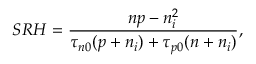
S R H = \frac { n p - n _ { i } ^ { 2 } } { \tau _ { n 0 } ( p + n _ { i } ) + \tau _ { p 0 } ( n + n _ { i } ) } ,